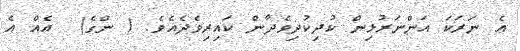
އެ ނަރަކަ އަންނަރުޅިން ކުދިކުދިވެދާން ކައިރިވެދެއެވެ. ( ންގެ)  އެއް އެ